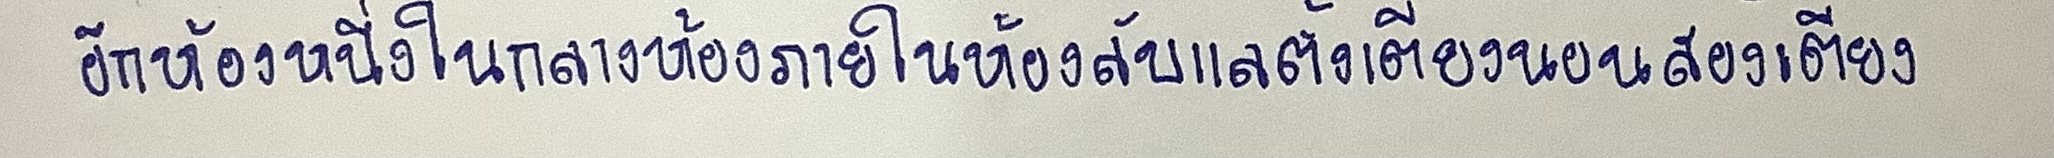
อีกห้องหนึ่งในกลางห้องภายในห้องลับแลตั้งเตียงนอนสองเตียง